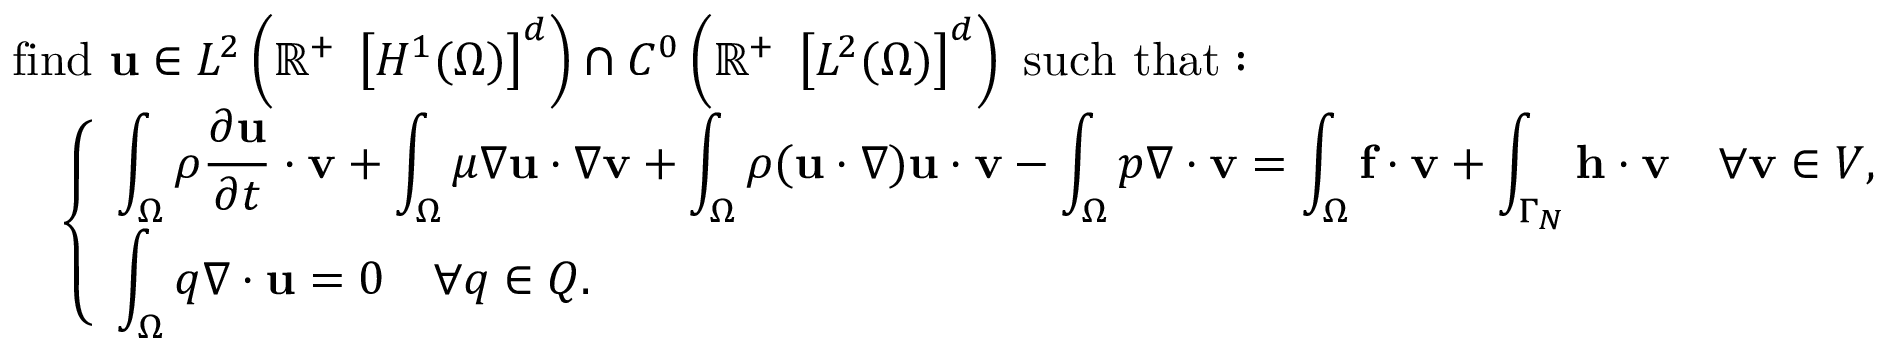
{ \begin{array} { r l } & { { \mathrm { f i n d ~ } } \mathbf { u } \in L ^ { 2 } \left( \mathbb { R } ^ { + } \; \left[ H ^ { 1 } ( \Omega ) \right] ^ { d } \right) \cap C ^ { 0 } \left( \mathbb { R } ^ { + } \; \left[ L ^ { 2 } ( \Omega ) \right] ^ { d } \right) { \mathrm { ~ s u c h ~ t h a t : ~ } } } \\ & { \quad { \left\{ \begin{array} { l l } { \displaystyle \int _ { \Omega } \rho { \frac { \partial \mathbf { u } } { \partial t } } \cdot \mathbf { v } + \int _ { \Omega } \mu \nabla \mathbf { u } \cdot \nabla \mathbf { v } + \int _ { \Omega } \rho ( \mathbf { u } \cdot \nabla ) \mathbf { u } \cdot \mathbf { v } - \int _ { \Omega } p \nabla \cdot \mathbf { v } = \int _ { \Omega } \mathbf { f } \cdot \mathbf { v } + \int _ { \Gamma _ { N } } \mathbf { h } \cdot \mathbf { v } \quad \forall \mathbf { v } \in V , } \\ { \displaystyle \int _ { \Omega } q \nabla \cdot \mathbf { u } = 0 \quad \forall q \in Q . } \end{array} \right. } } \end{array} }